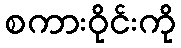
စကားဝိုင်းကို